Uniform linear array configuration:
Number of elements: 4
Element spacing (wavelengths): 0.25
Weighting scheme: kaiser
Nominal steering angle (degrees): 60
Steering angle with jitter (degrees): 59.073
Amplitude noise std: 0.05
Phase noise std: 0.05

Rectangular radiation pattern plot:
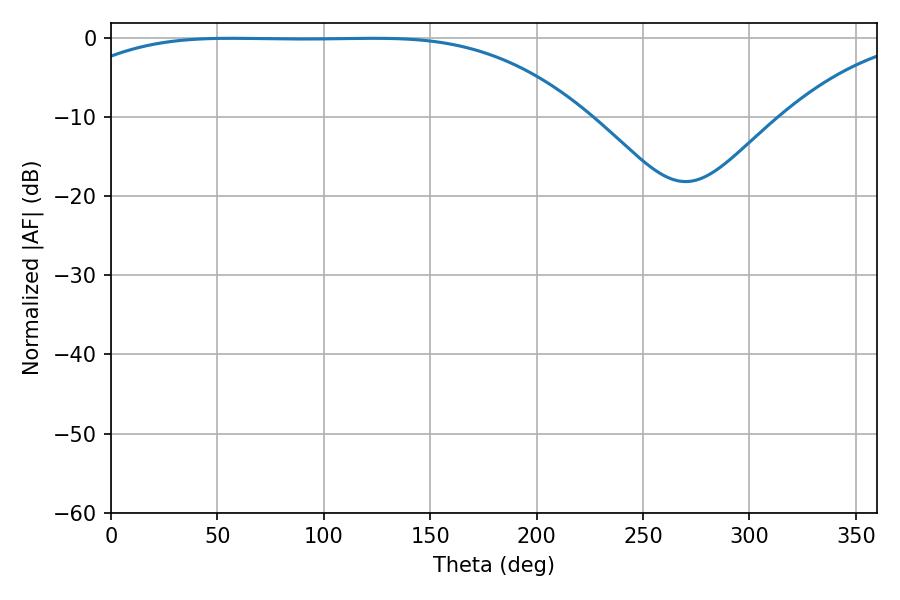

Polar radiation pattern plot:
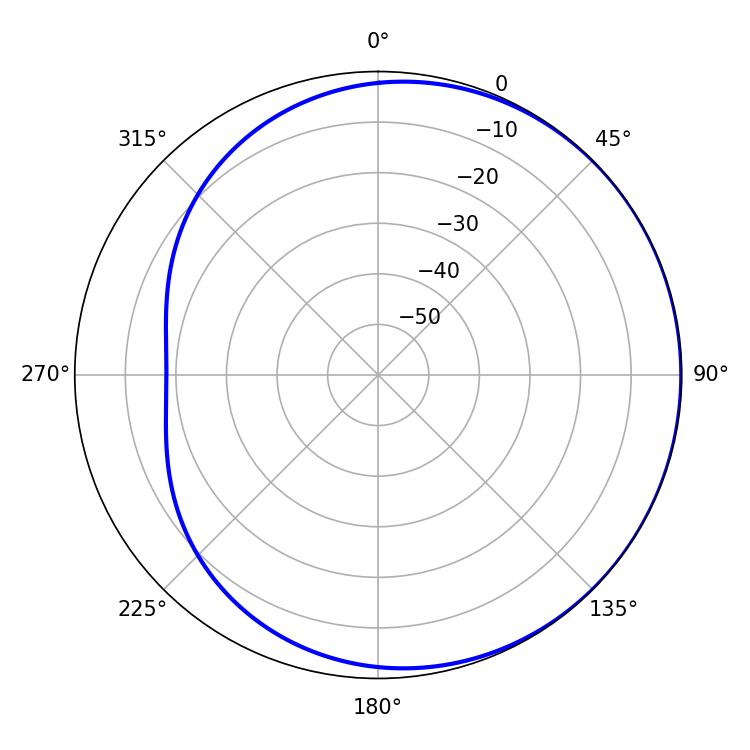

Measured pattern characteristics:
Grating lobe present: FALSE
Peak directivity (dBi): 0.6205
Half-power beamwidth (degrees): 186.84
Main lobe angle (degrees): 56.34